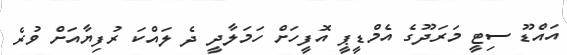
އައްޑޫ ސިޓީ މަރަދޫގެ އެމްޑީޕީ އޮފީހަށް ހަމަލާދީ ދެެ ލައްކަ ރުފިޔާއަށް ވުރެ